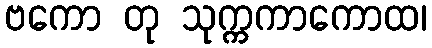
ဗကော တု သုက္ကကာကောထ၊